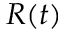
R ( t )